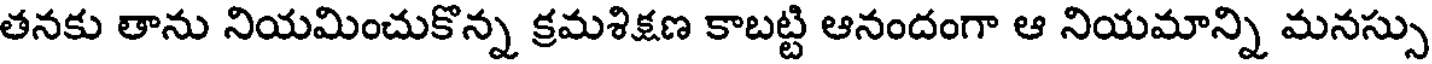
తనకు తాను నియమించుకొన్న క్రమశిక్షణ కాబట్టి ఆనందంగా ఆ నియమాన్ని మనస్సు